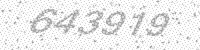
Solution: 643919